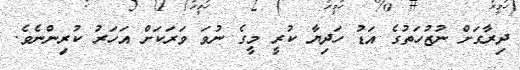
ދިރާގަށް ނުޒުހަތުގެ އަޑު ހަދިޔާ ކުރީ މީގެ ނުވަ ވަރަކަށް އަހަރު ކުރިންނެވެ.